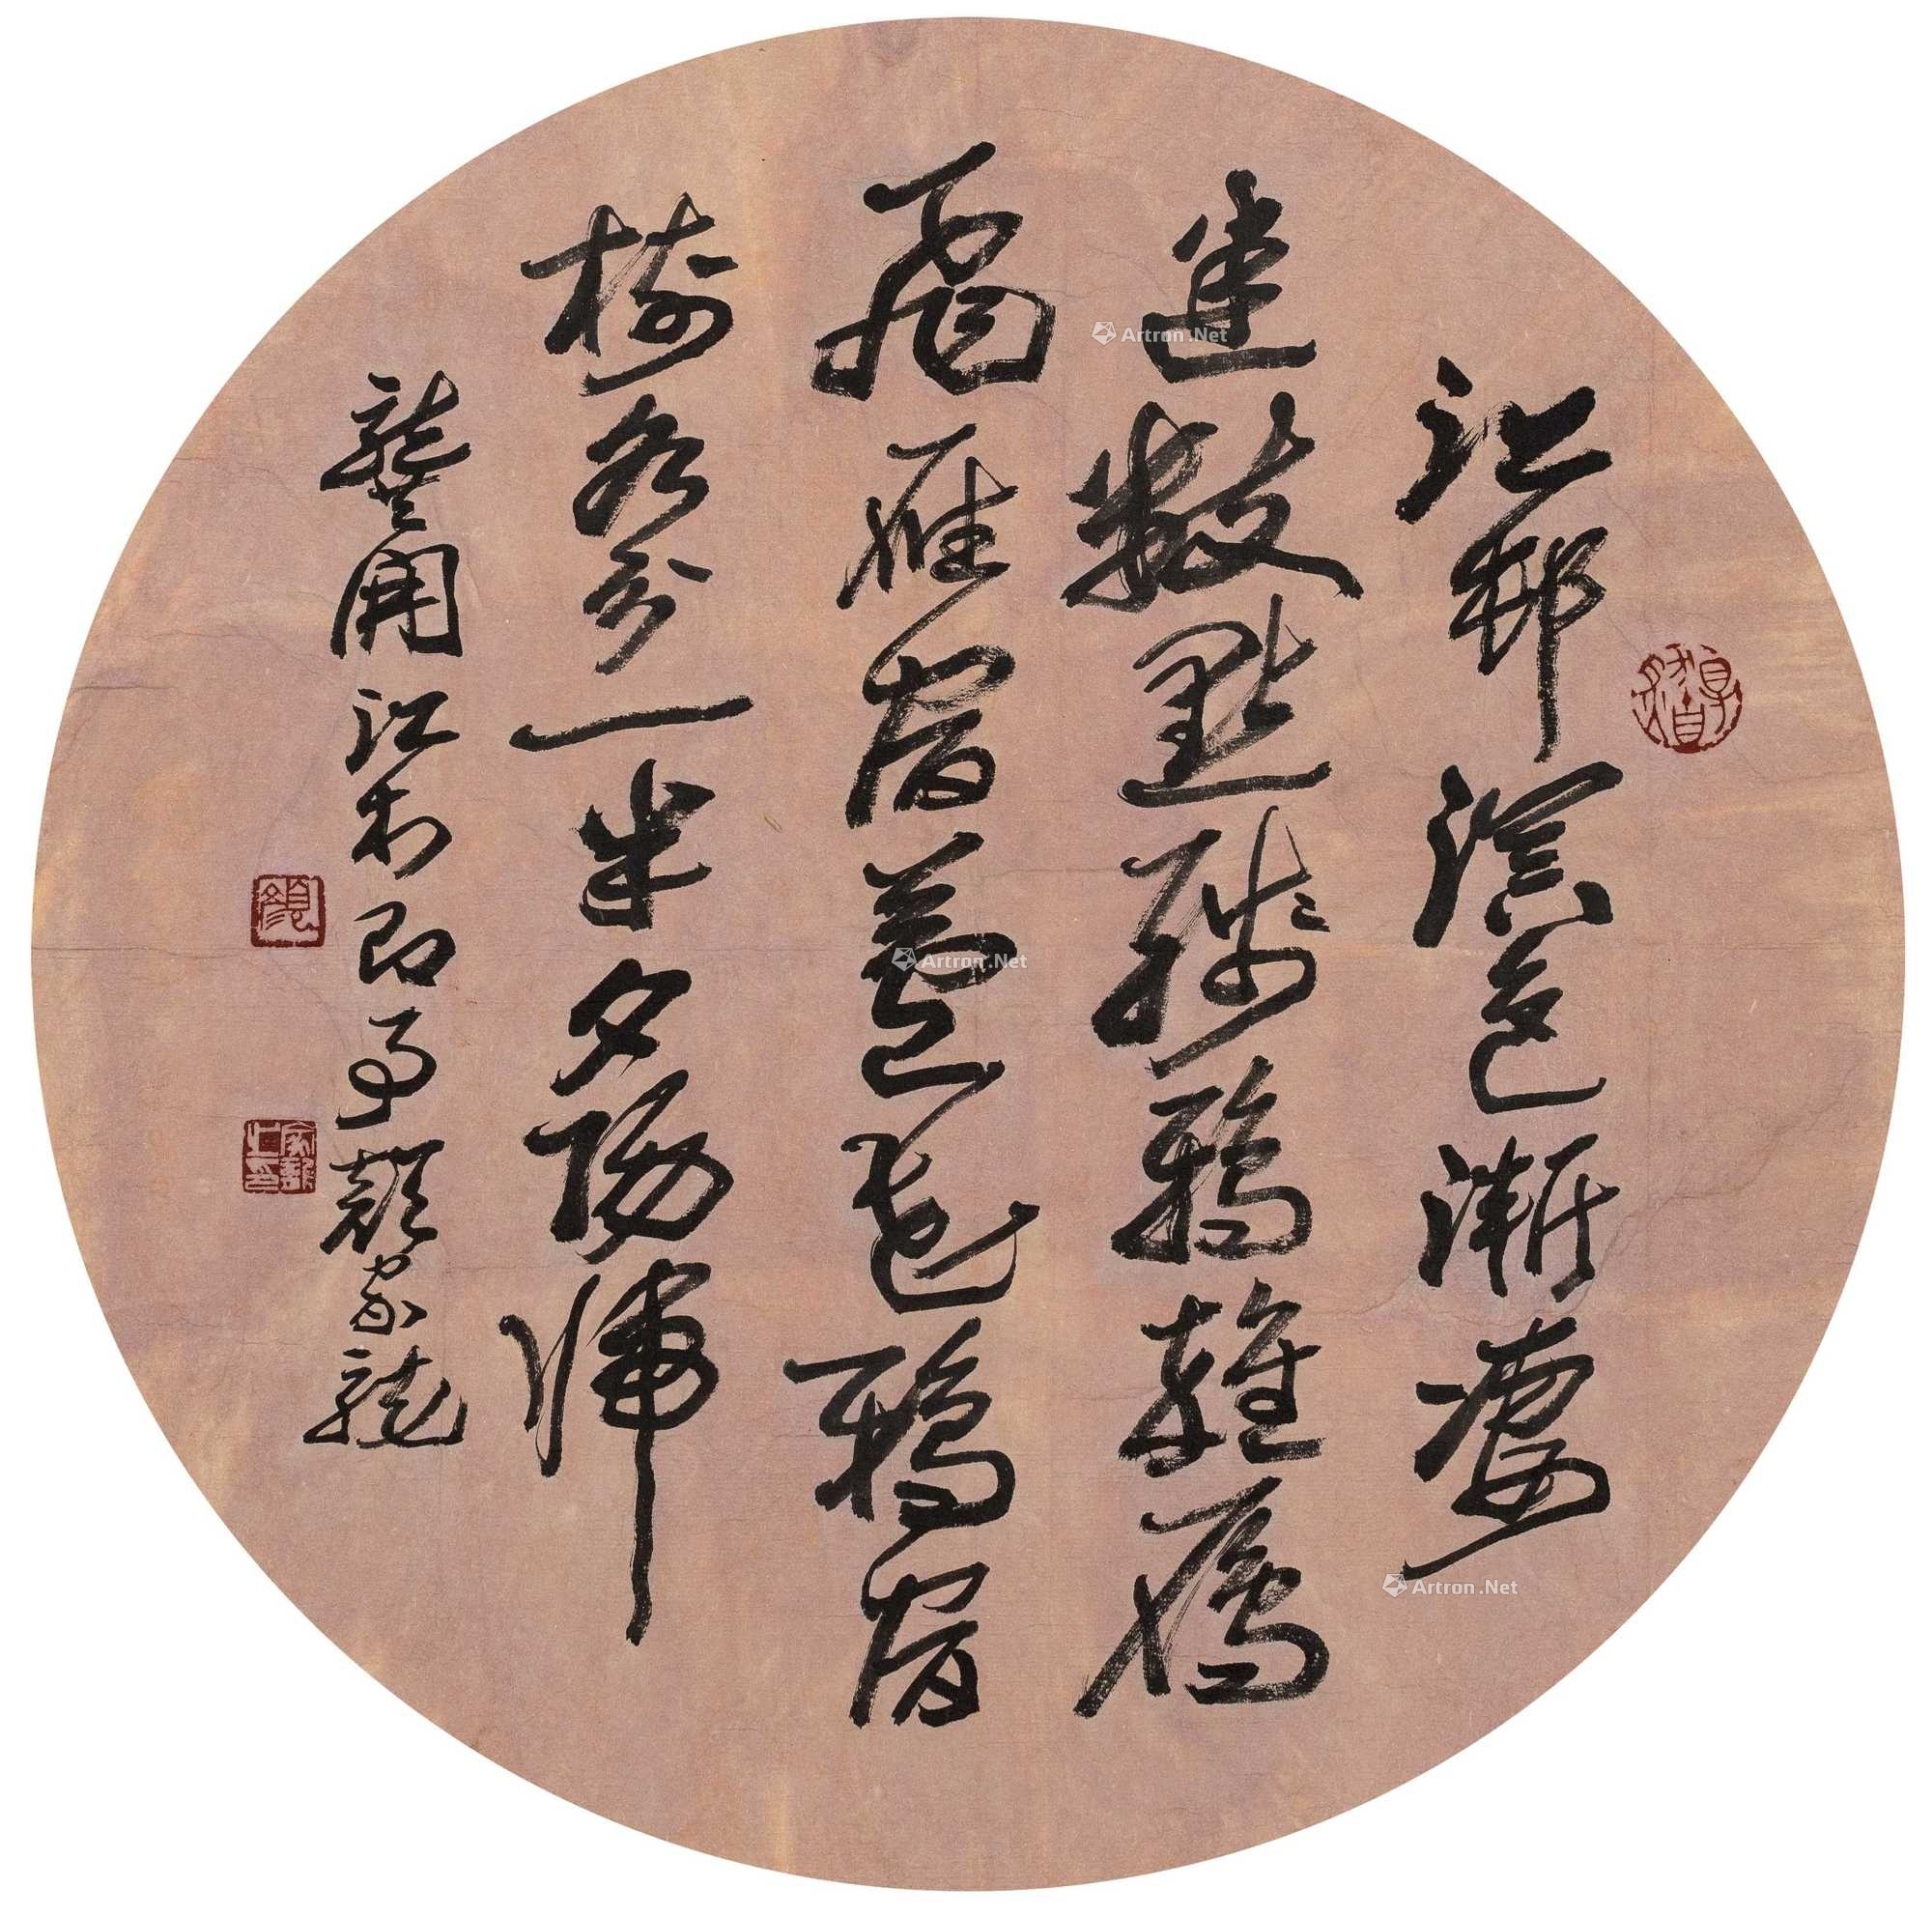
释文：江村暝色渐凄迷。数点残鸦杂雁飞。雁宿芦花鸦宿树，各分一半夕阳归。龚开江村即事颜家龙。